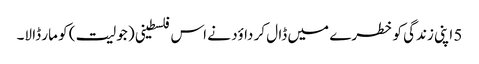
5 اپنی زندگی کو خطرے میں ڈا ل کر داؤد نے اس فلسطینی ( جولیت ) کو مار ڈا لا۔